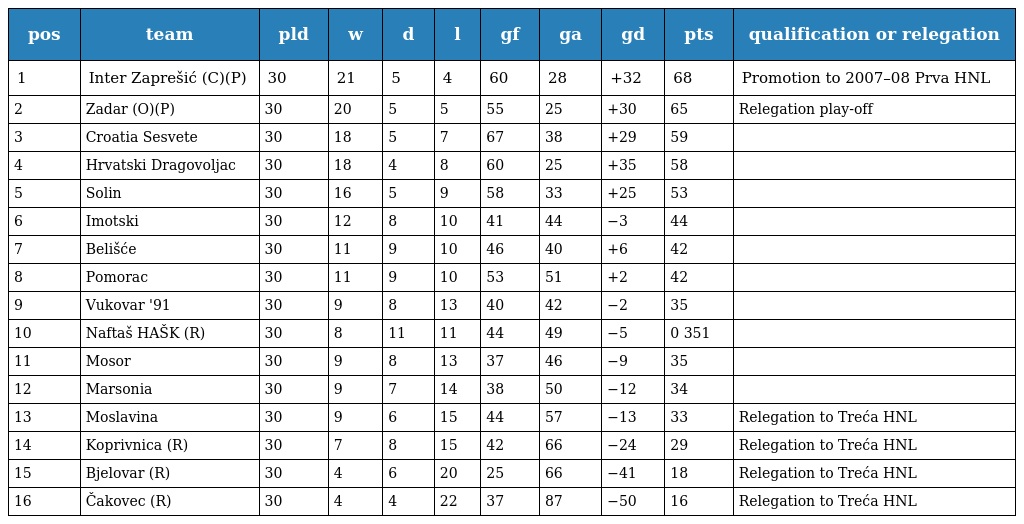
| pos | team | pld | w | d | l | gf | ga | gd | pts | qualification or relegation |
 | --- | --- | --- | --- | --- | --- | --- | --- | --- | --- | --- |
 | 1 | Inter Zaprešić (C)(P) | 30 | 21 | 5 | 4 | 60 | 28 | +32 | 68 | Promotion to 2007–08 Prva HNL |
 | 2 | Zadar (O)(P) | 30 | 20 | 5 | 5 | 55 | 25 | +30 | 65 | Relegation play-off |
 | 3 | Croatia Sesvete | 30 | 18 | 5 | 7 | 67 | 38 | +29 | 59 |  |
 | 4 | Hrvatski Dragovoljac | 30 | 18 | 4 | 8 | 60 | 25 | +35 | 58 |  |
 | 5 | Solin | 30 | 16 | 5 | 9 | 58 | 33 | +25 | 53 |  |
 | 6 | Imotski | 30 | 12 | 8 | 10 | 41 | 44 | −3 | 44 |  |
 | 7 | Belišće | 30 | 11 | 9 | 10 | 46 | 40 | +6 | 42 |  |
 | 8 | Pomorac | 30 | 11 | 9 | 10 | 53 | 51 | +2 | 42 |  |
 | 9 | Vukovar '91 | 30 | 9 | 8 | 13 | 40 | 42 | −2 | 35 |  |
 | 10 | Naftaš HAŠK (R) | 30 | 8 | 11 | 11 | 44 | 49 | −5 | 0 351 |  |
 | 11 | Mosor | 30 | 9 | 8 | 13 | 37 | 46 | −9 | 35 |  |
 | 12 | Marsonia | 30 | 9 | 7 | 14 | 38 | 50 | −12 | 34 |  |
 | 13 | Moslavina | 30 | 9 | 6 | 15 | 44 | 57 | −13 | 33 | Relegation to Treća HNL |
 | 14 | Koprivnica (R) | 30 | 7 | 8 | 15 | 42 | 66 | −24 | 29 | Relegation to Treća HNL |
 | 15 | Bjelovar (R) | 30 | 4 | 6 | 20 | 25 | 66 | −41 | 18 | Relegation to Treća HNL |
 | 16 | Čakovec (R) | 30 | 4 | 4 | 22 | 37 | 87 | −50 | 16 | Relegation to Treća HNL |